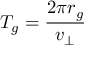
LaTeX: T _ { g } = { \frac { 2 \pi r _ { g } } { v _ { \perp } } }